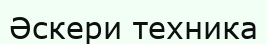
Әскери техника